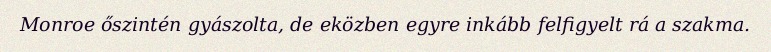
Monroe őszintén gyászolta, de eközben egyre inkább felfigyelt rá a szakma.